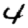
Digit: 4